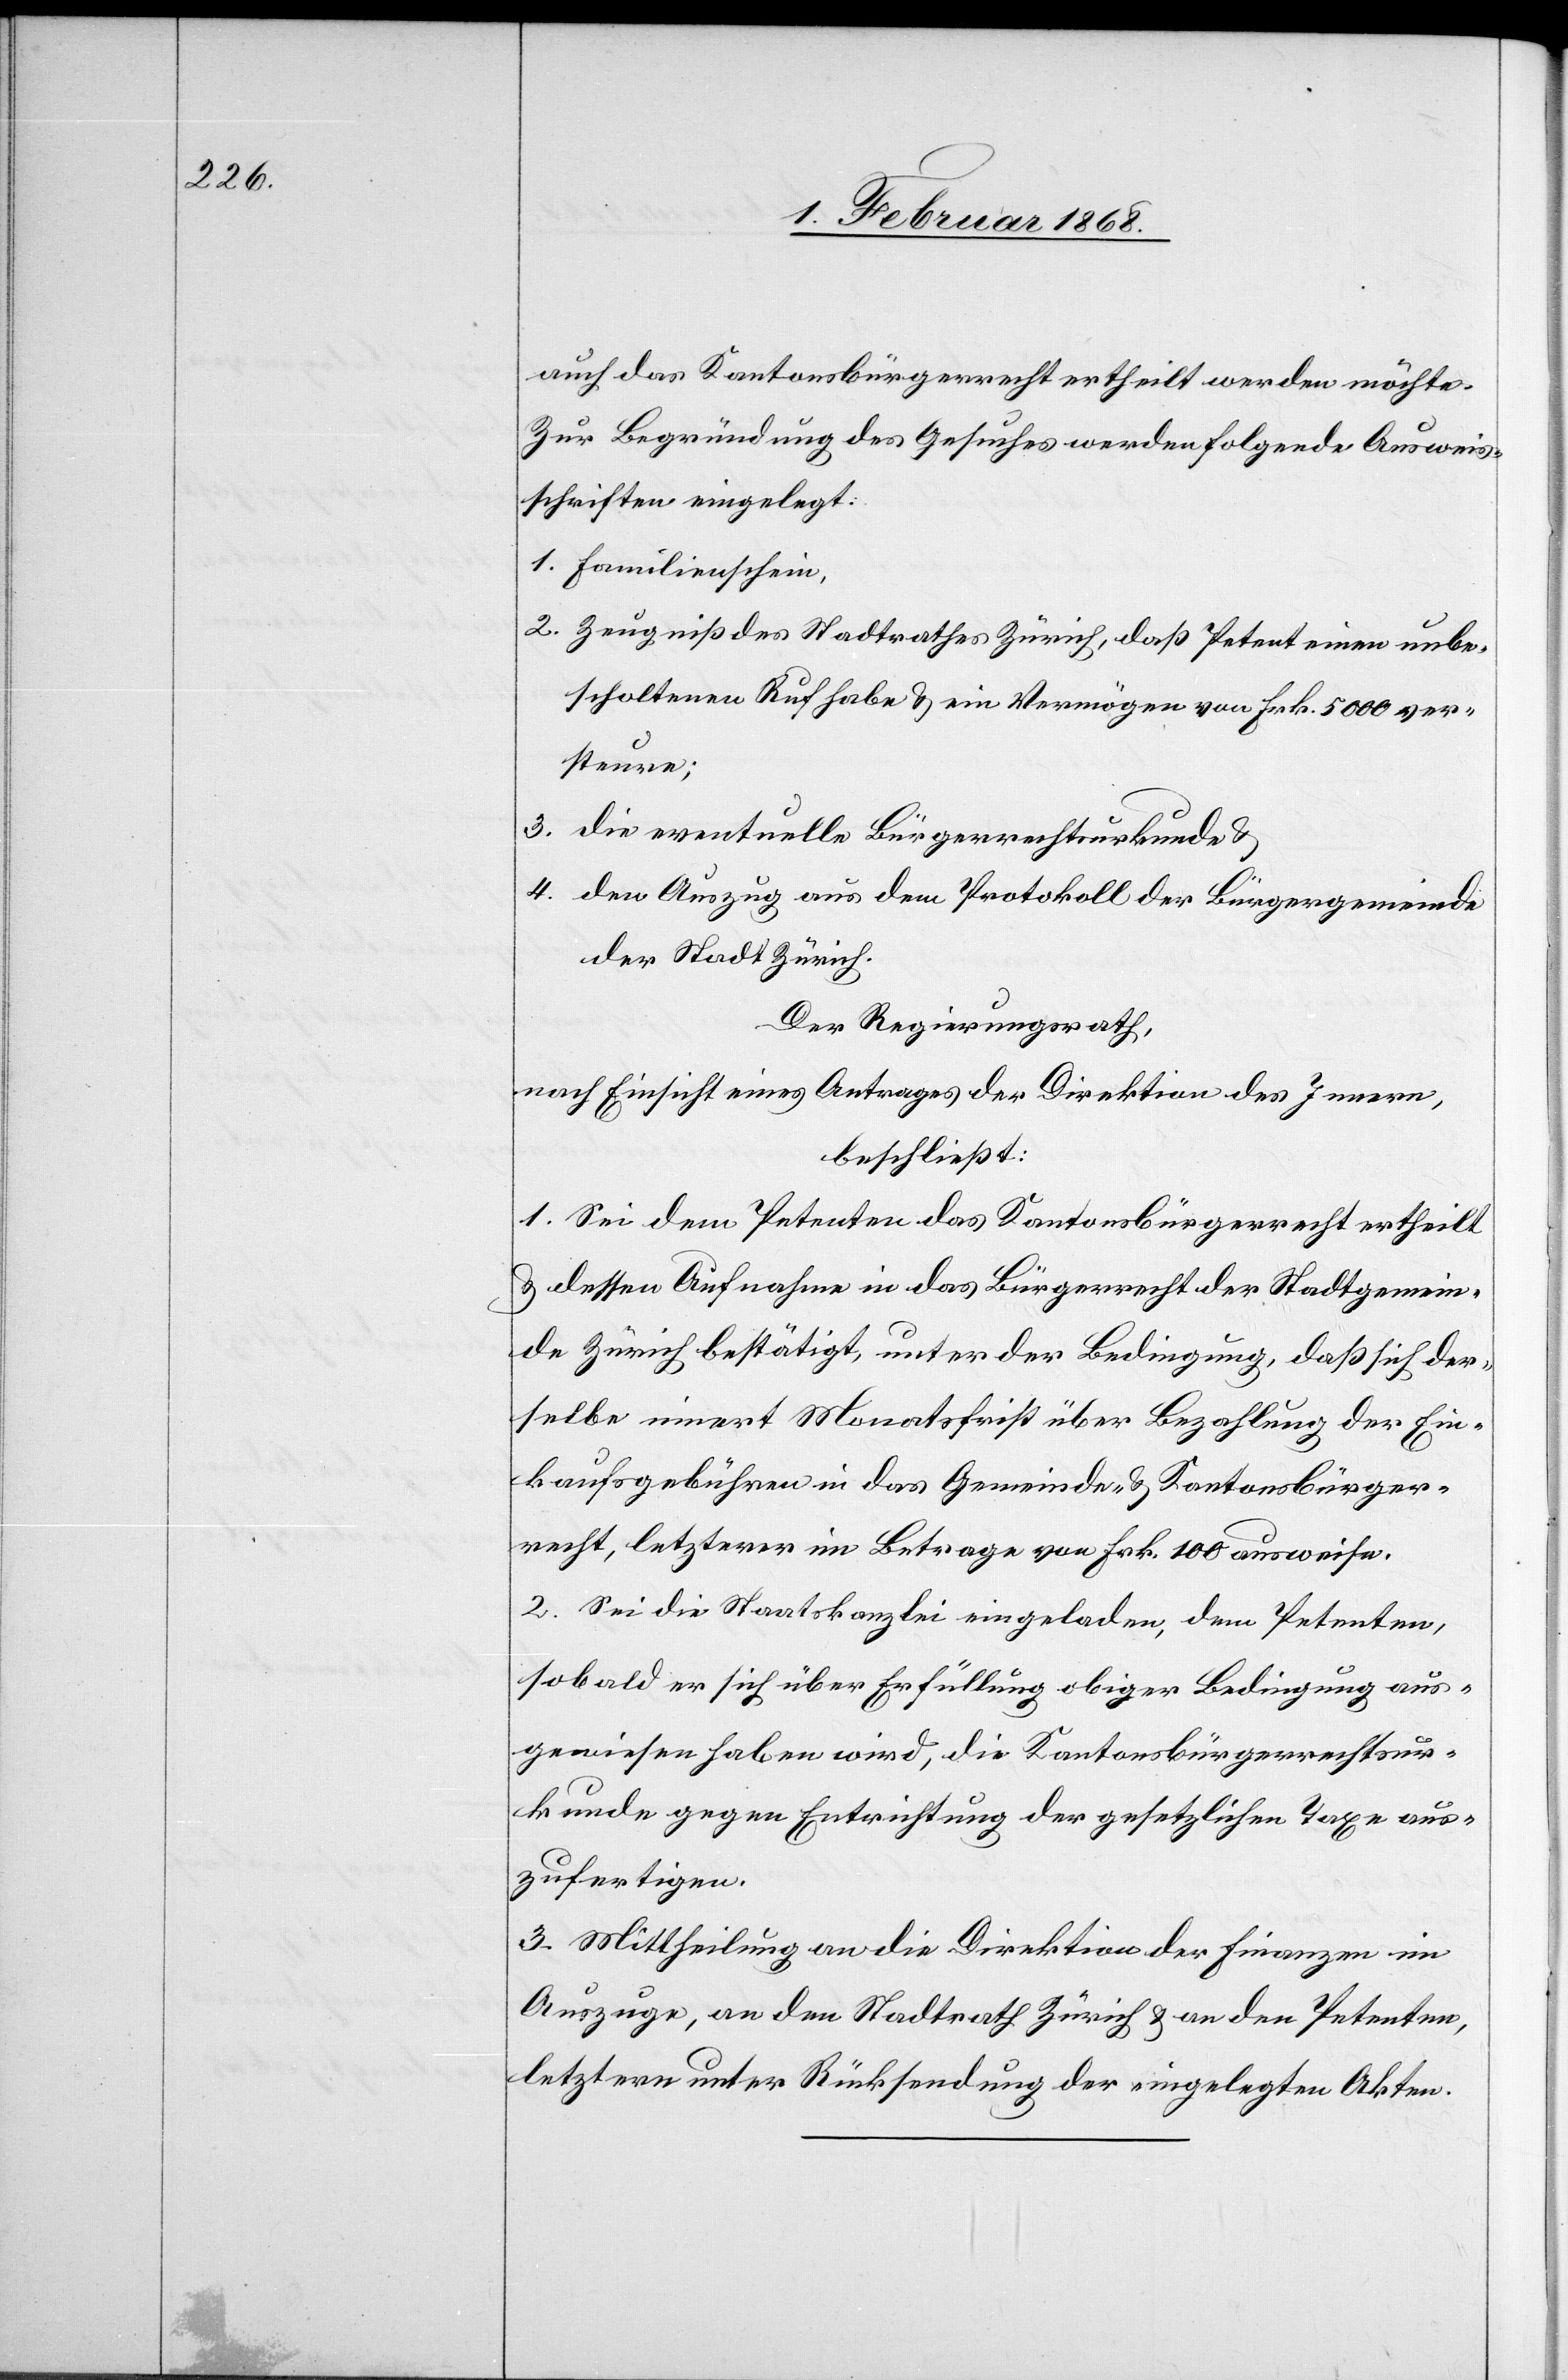
3.

auch das Kantonsbürgerrecht ertheilt werden möchte.
Zur Begründung des Gesuches werden folgende Ausweis¬
schriften eingelegt:
Zeugniß des Stadtrathes Zürich, daß Petent einen unbe¬
scholtenen Ruf habe & ein Vermögen von Frk. 5000 ver¬
steure;
die eventuelle Bürgerrechtsurkunde &
den Auszug aus dem Protokoll der Bürgergemeinde
der Stadt Zürich.
Der Regierungsrath,
nach Einsicht eines Antrages der Direktion des Innern,
beschließt:
1. Sei dem Petenten das Kantonsbürgerrecht ertheilt
& dessen Aufnahme in das Bürgerrecht der Stadtgemein¬
de Zürich bestätigt, unter der Bedingung, daß sich der¬
selbe innert Monatsfrist über Bezahlung der Ein¬
kaufsgebühren in das Gemeinde- & Kantonsbürger¬
recht, letzterer im Betrage von Frk. 100 ausweise.
2. Sei die Staatskanzlei eingeladen, dem Petenten,
sobald er sich über Erfüllung obiger Bedingung aus¬
gewiesen haben wird, die Kantonsbürgerrechtsur¬
kunde gegen Entrichtung der gesetzlichen Taxe aus¬
zufertigen.
3. Mittheilung an die Direktion der Finanzen im
Auszuge, an den Stadtrath Zürich & an den Petenten,
letztern unter Rücksendung der eingelegten Akten.